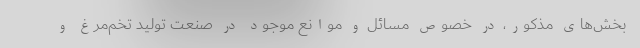
بخش‌های مذکور، در خصوص مسائل و موانع موجود در صنعت تولید تخم‌مرغ و